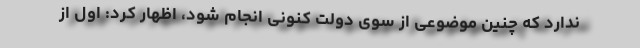
ندارد که چنین موضوعی از سوی دولت کنونی انجام شود، اظهار کرد: اول از